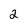
Character: 2